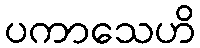
ပကာသေဟိ